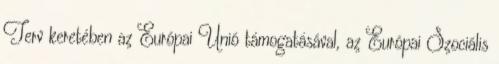
Terv keretében az Európai Unió támogatásával, az Európai Szociális